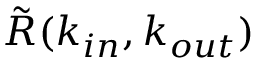
\tilde { R } ( k _ { i n } , k _ { o u t } )